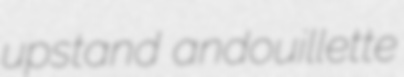
upstand andouillette